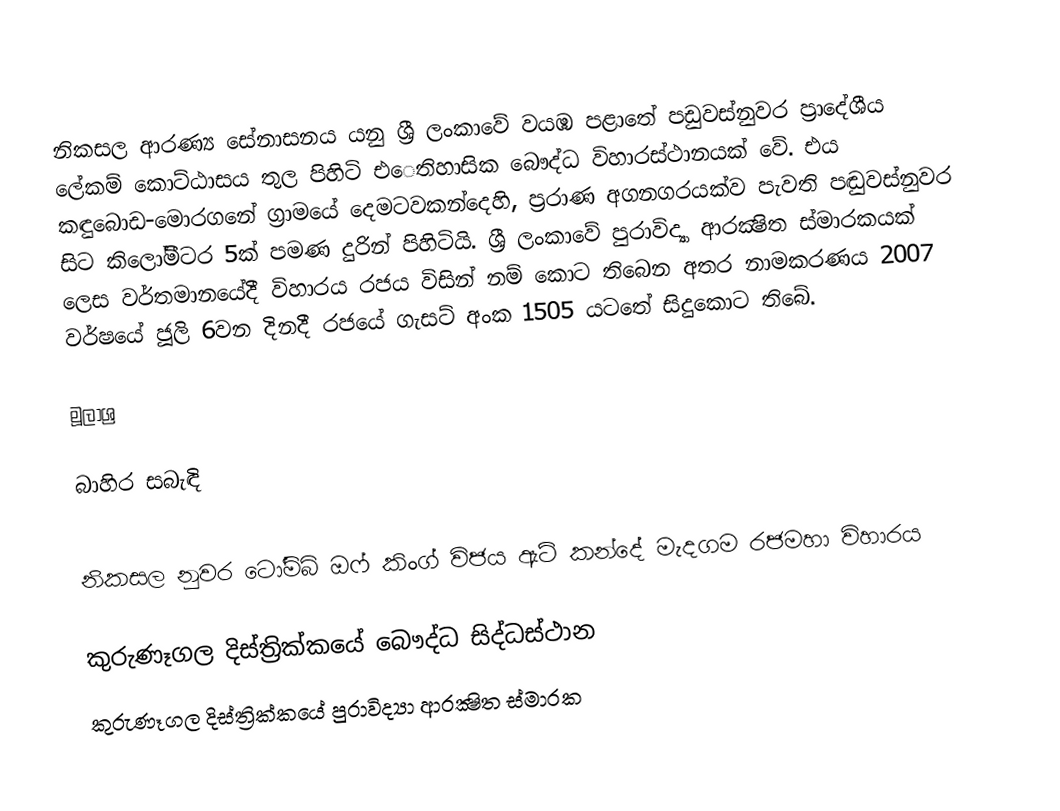
නිකසල ආරණ්‍ය සේනාසනය යනු ශ්‍රී ලංකාවේ වයඹ පළාතේ පඩුවස්නුවර ප්‍රාදේශීය ලේකම් කොට්ඨාසය තුල පිහිටි එෙතිහාසික බෞද්ධ විහාරස්ථානයක් වේ. එය කඳුබොඩ-මොරගනේ ග්‍රාමයේ දෙමටවකන්දෙහි, ප්‍රරාණ අගනගරයක්ව පැවති පඬුවස්නුවර සිට කිලෝමීටර 5ක් පමණ දුරින් පිහිටියි. ශ්‍රී ලංකාවේ පුරාවිද්‍යා ආරක්‍ෂිත ස්මාරකයක් ලෙස වර්තමානයේදී විහාරය රජය විසින් නම් කොට තිබෙන අතර නාමකරණය 2007 වර්ෂයේ ජූලි 6වන දිනදී රජයේ ගැසට් අංක 1505 යටතේ සිදුකොට තිබේ.

මූලාශ්‍ර

බාහිර සබැඳි

නිකසල නුවර ටෝම්බ් ඔෆ් කිංග් විජය ඇට් කන්දේ මැදගම රජමහා විහාරය

කුරුණෑගල දිස්ත්‍රික්කයේ බෞද්ධ සිද්ධස්ථාන‎
කුරුණෑගල දිස්ත්‍රික්කයේ පුරාවිද්‍යා ආරක්‍ෂිත ස්මාරක